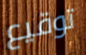
توقيع